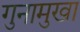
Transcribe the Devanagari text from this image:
गुनामुखा